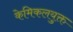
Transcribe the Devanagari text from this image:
केमिकलयुक्त